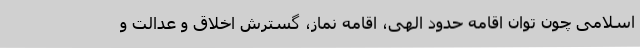
اسلامی چون توان اقامه حدود الهی، اقامه نماز، گسترش اخلاق و عدالت و